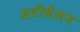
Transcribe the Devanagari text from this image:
सटीवेंसन